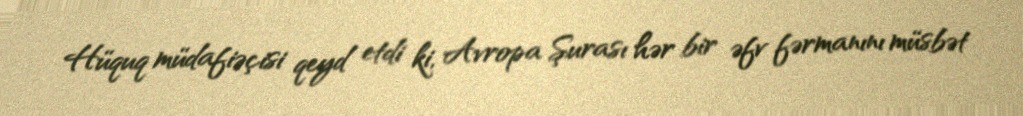
Hüquq müdafiəçisi qeyd etdi ki, Avropa Şurası hər bir əfv fərmanını müsbət